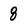
Character: 8